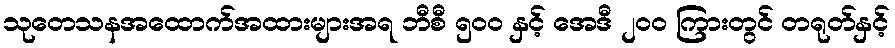
သုတေသနအထောက်အထားများအရ ဘီစီ ၅၀၀ နှင့် အေဒီ ၂၀၀ ကြားတွင် တရုတ်နှင့်